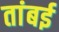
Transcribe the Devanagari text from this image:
तांबई